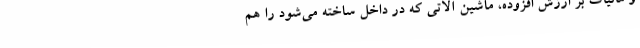
و مالیات بر ارزش افزوده، ماشین آلاتی که در داخل ساخته می‌شود را هم